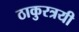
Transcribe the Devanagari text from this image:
ठाकुरत्रयी